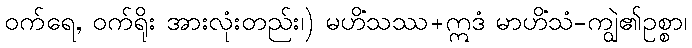
ဝက်ရေ, ဝက်ရိုး အားလုံးတည်း၊) မဟိံသဿ+ဣဒံ မာဟိံသံ-ကျွဲ၏ဥစ္စာ၊